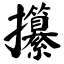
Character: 攥